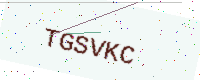
Text: TGSVKC